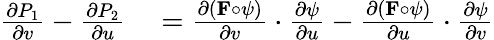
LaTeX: \begin{array}{rlrl}{{\frac{\partial P_{1}}{\partial v}}-{\frac{\partial P_{2}}{\partial u}}}&{{}={\frac{\partial(\mathbf{F}\circ\psi)}{\partial v}}\cdot{\frac{\partial\psi}{\partial u}}-{\frac{\partial(\mathbf{F}\circ\psi)}{\partial u}}\cdot{\frac{\partial\psi}{\partial v}}}\end{array}